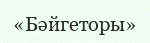
«Бәйгеторы»